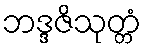
ဘဒ္ဒဇိသုတ္တံ